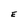
Character: E